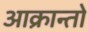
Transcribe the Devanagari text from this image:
आक्रान्तो